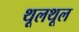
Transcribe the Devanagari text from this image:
थूलथूल